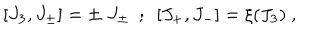
\lbrack J _ { 3 } , J _ { \pm } \rbrack = \pm \; J _ { \pm } ~ ~ ; ~ ~ \lbrack J _ { + } , J _ { - } \rbrack = \xi ( J _ { 3 } ) ~ ,